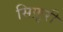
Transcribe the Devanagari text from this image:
सिफ़ुरी